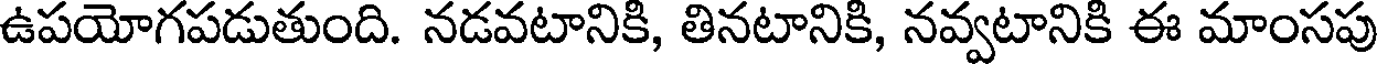
ఉపయోగపడుతుంది. నడవటానికి, తినటానికి, నవ్వటానికి ఈ మాంసపు